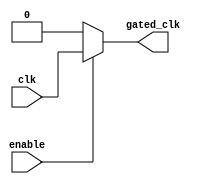
module clock_gating (
    input wire clk,          // Primary clock signal
    input wire enable,       // Enable signal for clock gating
    output wire gated_clk    // Gated clock output
);
    // Clock gating logic
    assign gated_clk = enable ? clk : 1'b0; // Pass clk if enabled, else output 0
endmodule